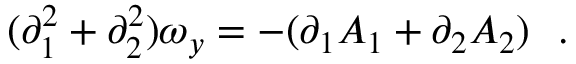
( \partial _ { 1 } ^ { 2 } + \partial _ { 2 } ^ { 2 } ) \omega _ { y } = - ( \partial _ { 1 } A _ { 1 } + \partial _ { 2 } A _ { 2 } ) ~ ~ .